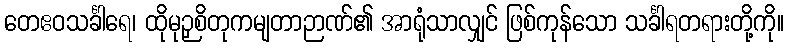
တေဧဝသင်္ခါရေ၊ ထိုမုဉှစိတုကမျတာဉာဏ်၏ အာရုံသာလျှင် ဖြစ်ကုန်သော သင်္ခါရတရားတို့ကို။